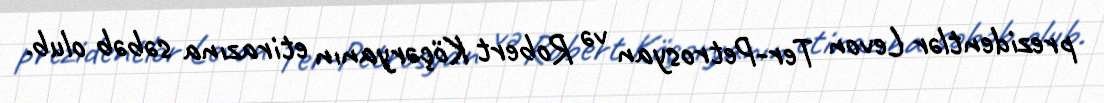
prezidentlər Levon Ter-Petrosyan və Robert Köçəryanın etirazına səbəb olub.